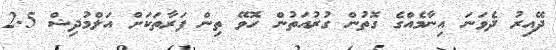
ދޭއިރު ދެވަނަ އިނާމެއްގެ ގޮތުން ގުރުއަތުން ހޮވޭ ތިން ފަރާތަކަށް އަލްމުދިޝް 2.5